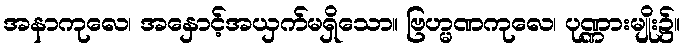
အနာကုလေ၊ အနှောင့်အယှက်မရှိသော။ ဗြဟ္မဏကုလေ၊ ပုဏ္ဏားမျိုး၌။